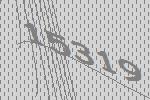
15319